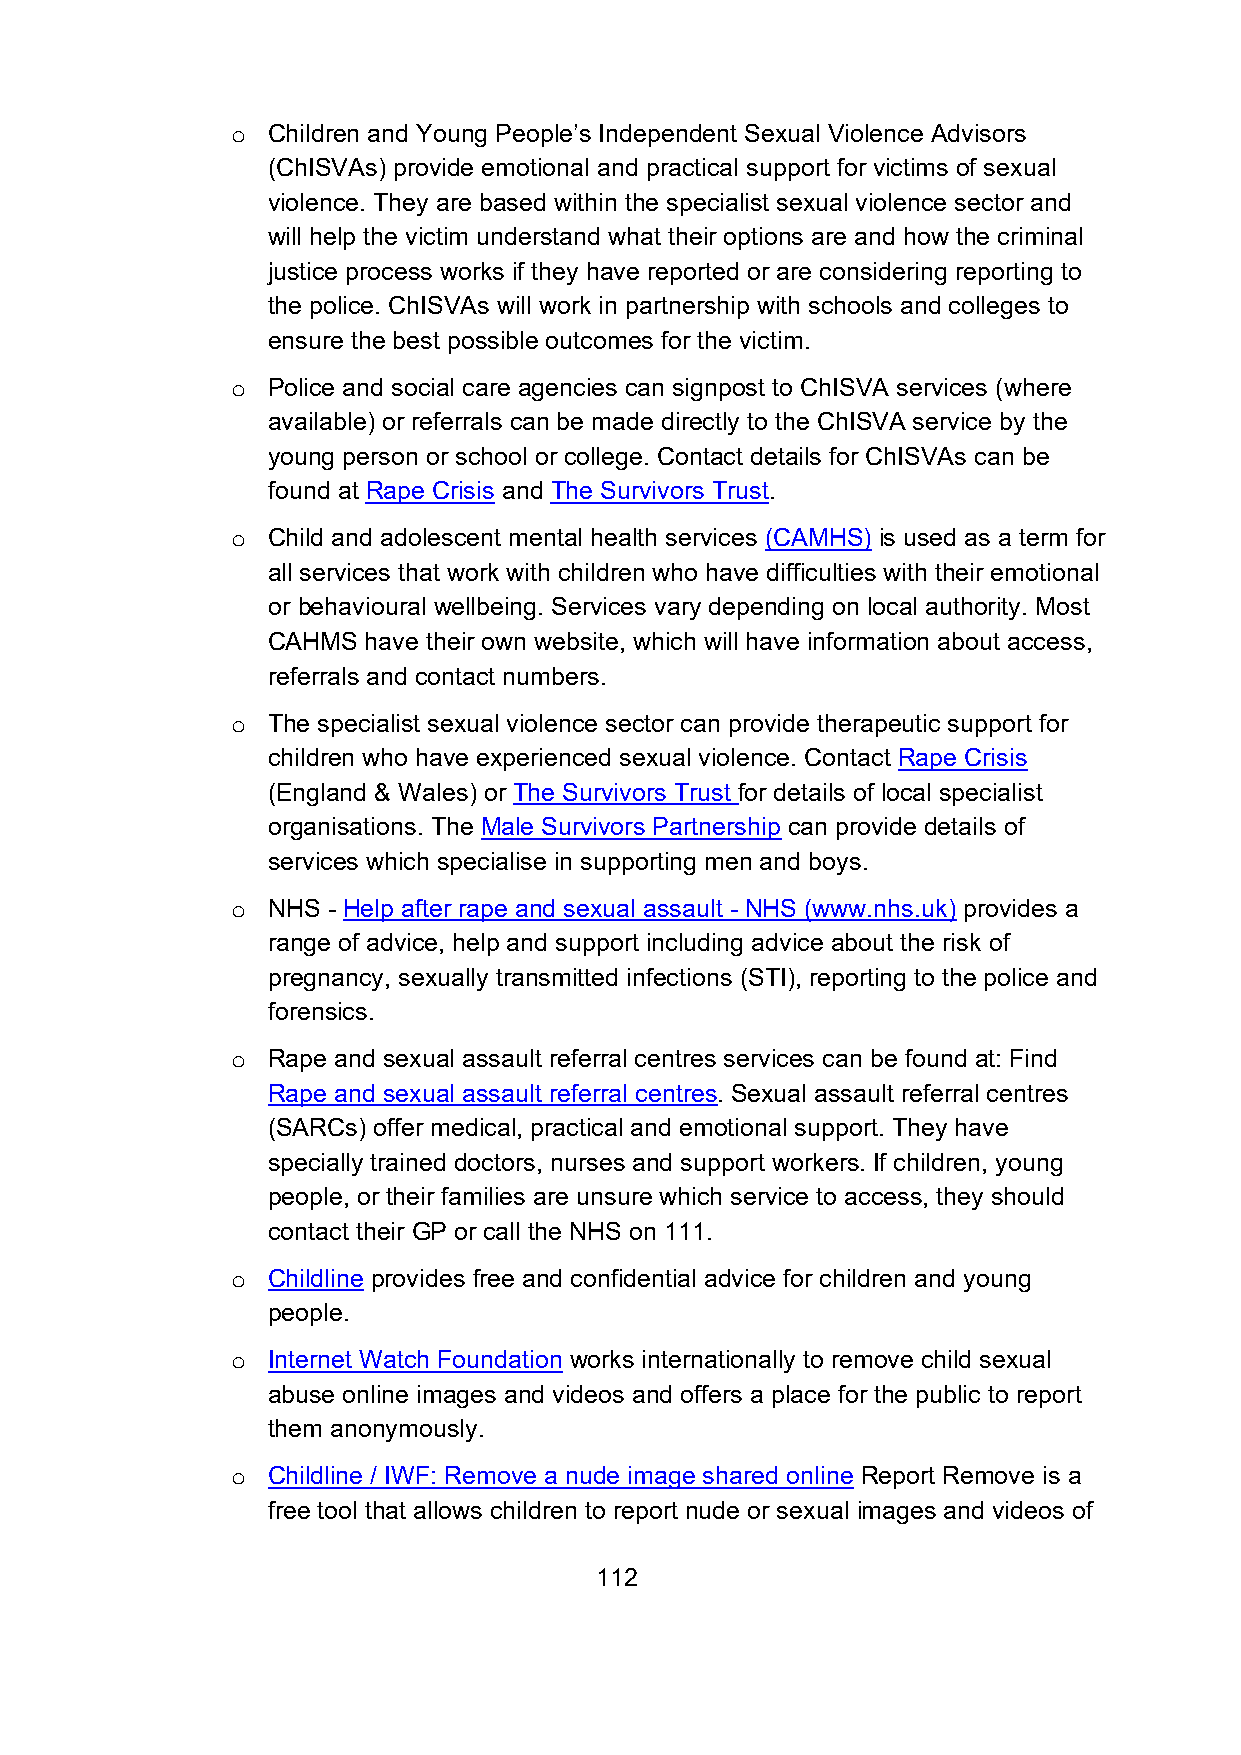
Children and Young People’s Independent Sexual Violence Advisors
 o
 (ChISVAs) provide emotional and practical support for victims of sexual
 violence. They are based within the specialist sexual violence sector and
 will help the victim understand what their options are and how the criminal
 justice process works if they have reported or are considering reporting to
 the police. ChISVAs will work in partnership with schools and colleges to
 ensure the best possible outcomes for the victim.
 Police and social care agencies can signpost to ChISVA services (where
 o
 available) or referrals can be made directly to the ChISVA service by the
 young person or school or college. Contact details for ChISVAs can be
 found at Rape Crisis and The Survivors Trust.
 Child and adolescent mental health services (CAMHS) is used as a term for
 o
 all services that work with children who have difficulties with their emotional
 or behavioural wellbeing. Services vary depending on local authority. Most
 CAHMS have their own website, which will have information about access,
 referrals and contact numbers.
 The specialist sexual violence sector can provide therapeutic support for
 o
 children who have experienced sexual violence. Contact Rape Crisis
 (England & Wales) or The Survivors Trust for details of local specialist
 organisations. The Male Survivors Partnership can provide details of
 services which specialise in supporting men and boys.
 NHS - Help after rape and sexual assault - NHS (www.nhs.uk) provides a
 o
 range of advice, help and support including advice about the risk of
 pregnancy, sexually transmitted infections (STI), reporting to the police and
 forensics.
 Rape and sexual assault referral centres services can be found at: Find
 o
 Rape and sexual assault referral centres. Sexual assault referral centres
 (SARCs) offer medical, practical and emotional support. They have
 specially trained doctors, nurses and support workers. If children, young
 people, or their families are unsure which service to access, they should
 contact their GP or call the NHS on 111.
 Childline provides free and confidential advice for children and young
 o
 people.
 Internet Watch Foundation works internationally to remove child sexual
 o
 abuse online images and videos and offers a place for the public to report
 them anonymously.
 Childline / IWF: Remove a nude image shared online Report Remove is a
 o
 free tool that allows children to report nude or sexual images and videos of
 112